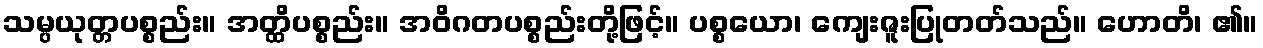
သမ္ပယုတ္တပစ္စည်း။ အတ္ထိပစ္စည်း။ အဝိဂတပစ္စည်းတို့ဖြင့်။ ပစ္စယော၊ ကျေးဇူးပြုတတ်သည်။ ဟောတိ၊ ၏။